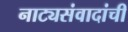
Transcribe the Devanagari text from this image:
नाट्यसंवादांची